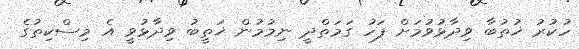
ހުކުރު ޚުތުބާ ވިދާޅުވުމަށް ފަހު ގަމަތްދީ ނިމުމުން ޚަތީބު ވިދާޅުވީ އެ މިސްކިތުގެ